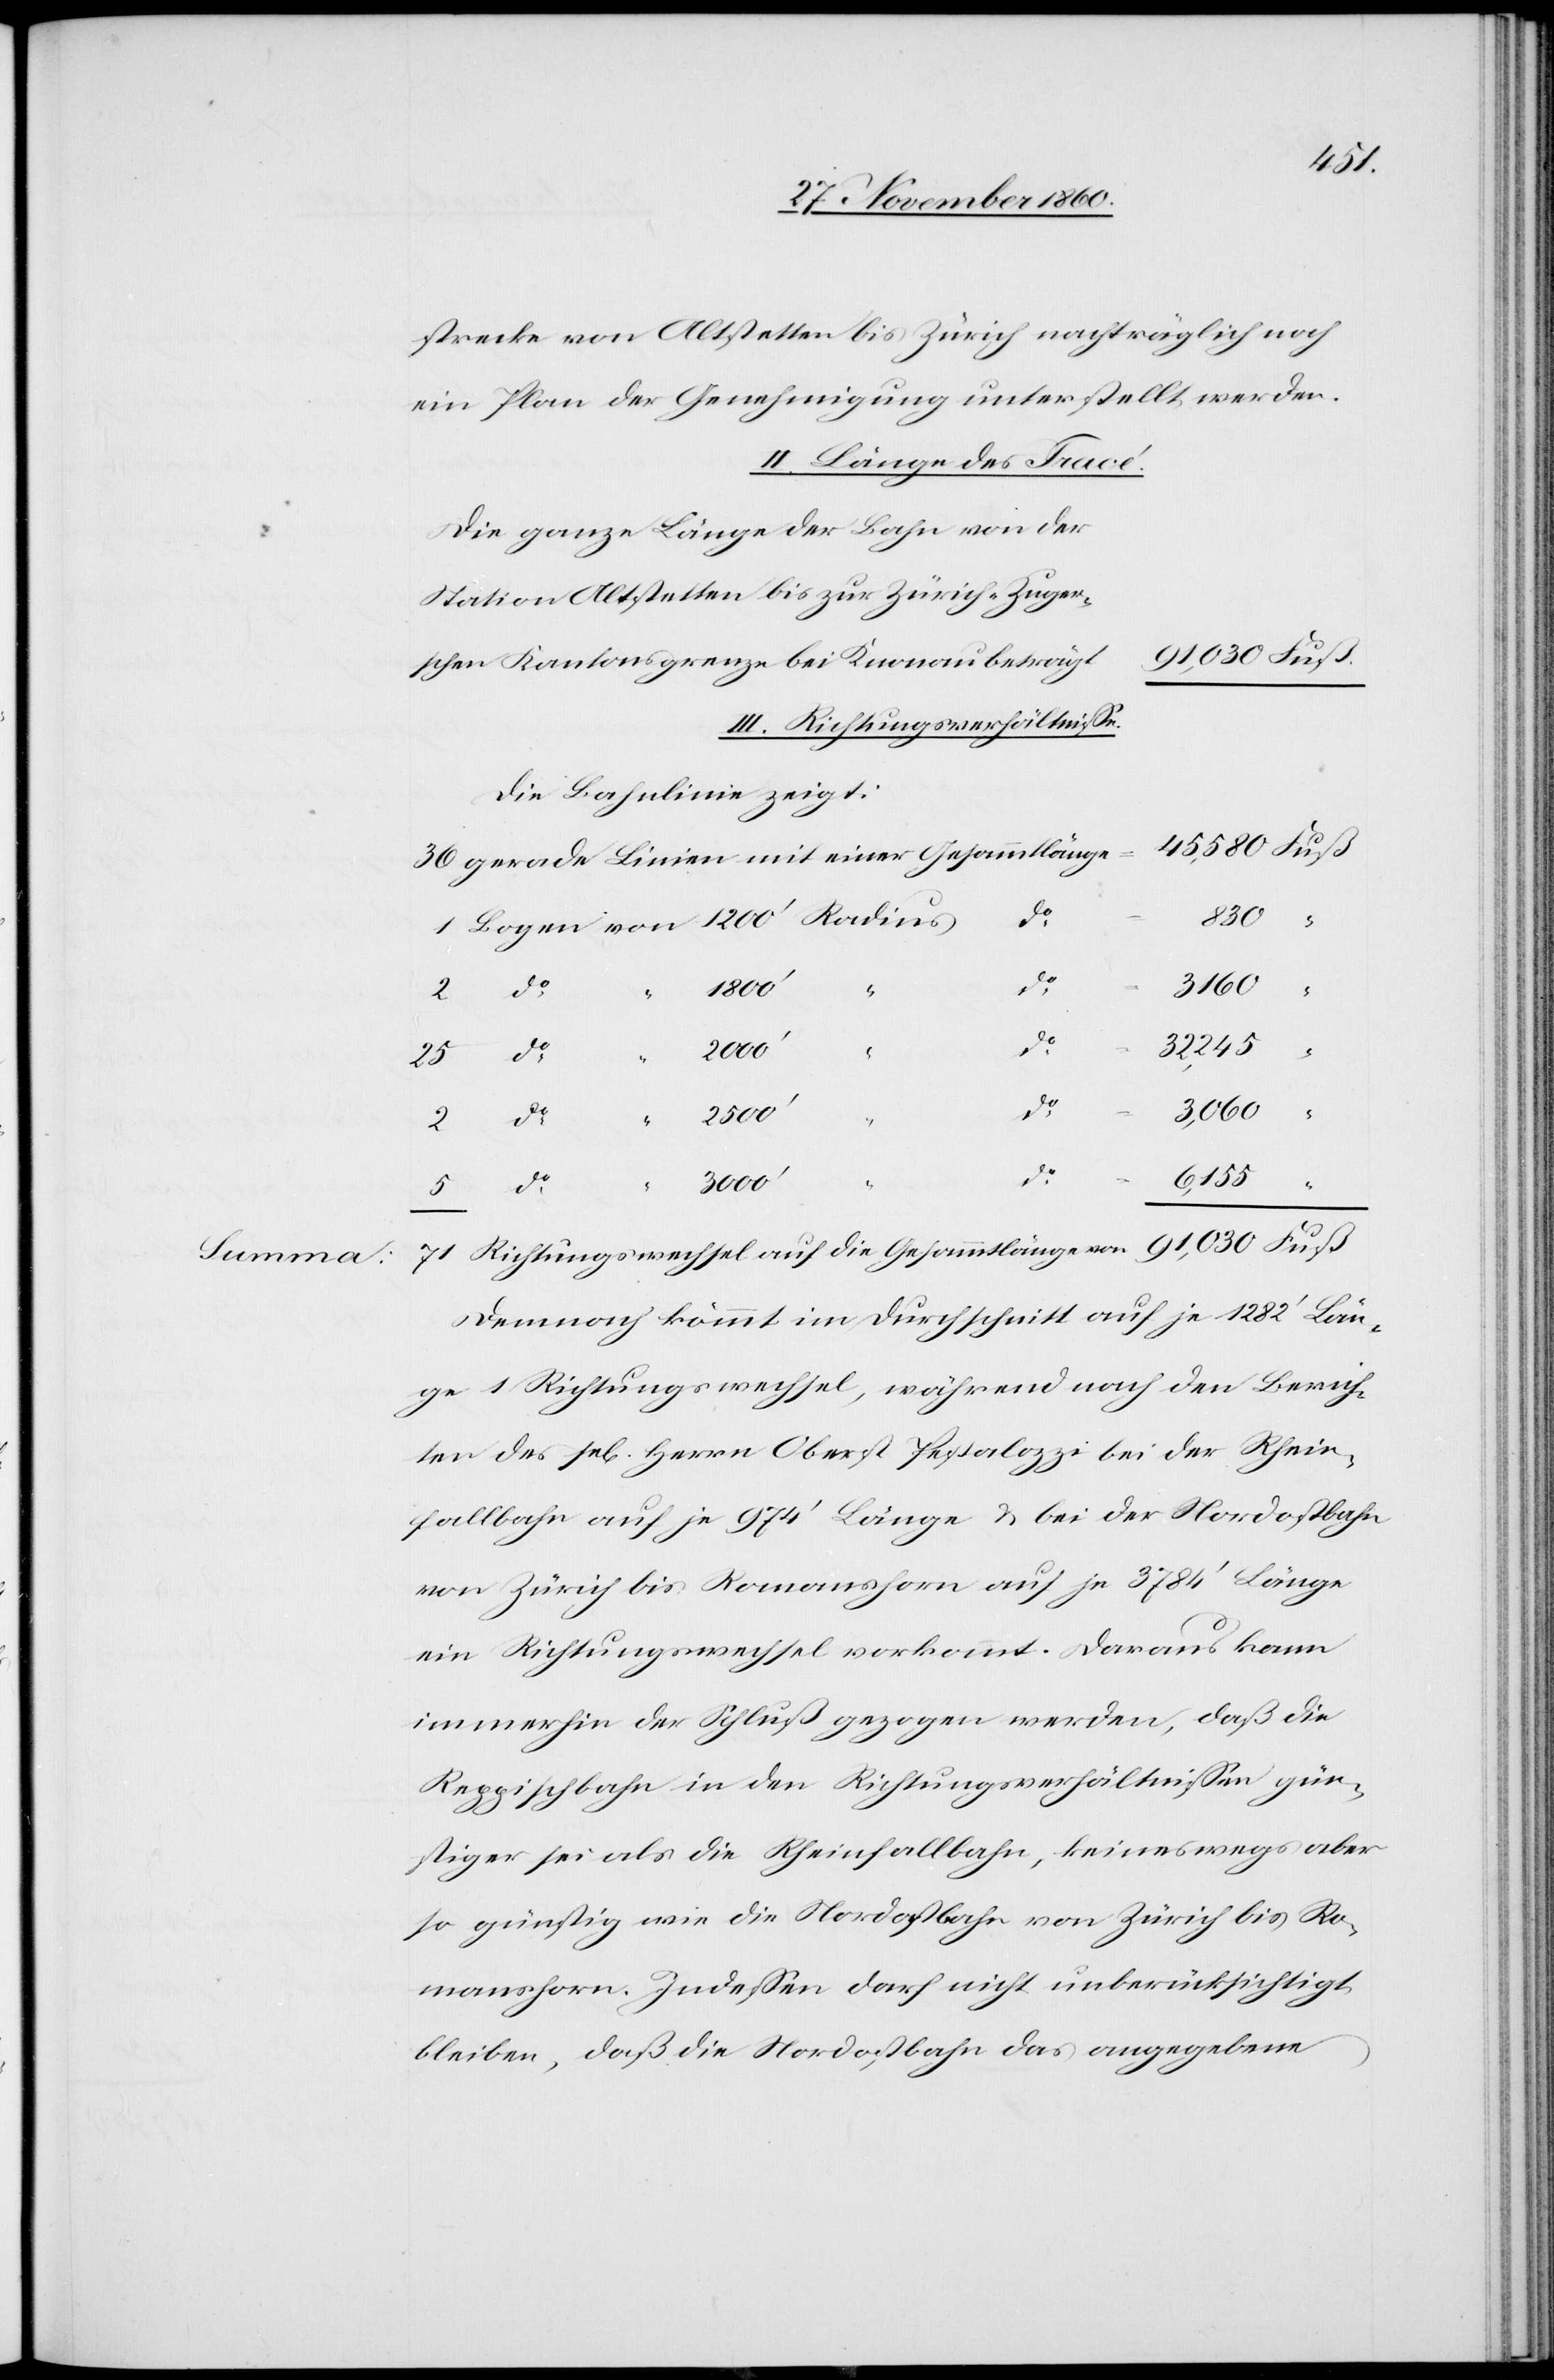
strecke von Altstetten bis Zürich nachträglich noch
ein Plan der Genehmigung unterstellt werden.
II. Länge des Tracé.
Die ganze Länge der Bahn von der
III. Richtungsverhältnisse.
Die Bahnlinie zeigt:
Zürich-Zuger¬
32,245
Summa
do
3000’
“
do
6,155
1200’
mtlänge
71 Richtungswechsel auf die Gesammtlänge von		91,030 Fuß
Demnach kömmt im Durchschnitt auf je 1282’ Län¬
ge 1 Richtungswechsel, während nach den Berich¬
ten des se[ligen] Herrn Oberst Pestalozzi bei der Rhein¬
fallbahn auf je 974’ Länge u. bei der Nordostbahn
von Zürich bis Romanshorn auf je 3784’ Länge
ein Richtungswechsel vorkommt. Daraus kann
immerhin der Schluß gezogen werden, daß die
Reppischbahn in den Richtungsverhältnissen gün¬
stiger sei als die Rheinfallbahn, keineswegs aber
so günstig wie die Nordostbahn von Zürich bis Ro¬
manshorn. Indessen darf nicht unberücksichtigt
bleiben, daß die Nordostbahn das angegebene